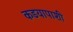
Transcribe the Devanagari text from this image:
कडयापाशी